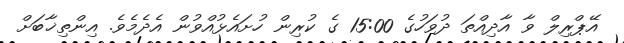
އޭޕްރިލް ވާ އާދިއްތަ ދުވަހުގެ 15:00 ގެ ކުރިން ހުށައެޅުއްވުން އެދެމެވެ. އިންތިޚާބަށް